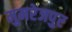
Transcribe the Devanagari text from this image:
मुमरेजपुर